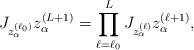
LaTeX: \begin{align*} J_{z_{\alpha}^{(\ell_0)}} z_{\alpha}^{(L+1)}=\prod_{\ell=\ell_0}^{L} J_{z_{\alpha}^{(\ell)}} z_{\alpha}^{(\ell+1)},\end{align*}